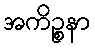
အကိဉ္စနာ